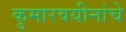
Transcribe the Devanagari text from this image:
कुमारवयीनांचे